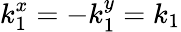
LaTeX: k_{1}^{x}=-k_{1}^{y}=k_{1}